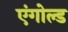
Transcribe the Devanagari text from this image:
एंगोल्ड